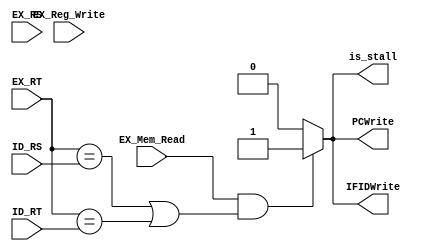
module hazard_detect(ID_RS, ID_RT, EX_Mem_Read, EX_Reg_Write, EX_RS, EX_RT, is_stall, IFIDWrite, PCWrite);
  input [1:0] ID_RS;
  input [1:0] ID_RT;
  input [1:0] EX_RS;
  input [1:0] EX_RT;
  input EX_Mem_Read;
  input EX_Reg_Write;

  output reg is_stall;
	output reg PCWrite;
  output reg IFIDWrite;


  always @(*) begin
    if((EX_Mem_Read ) && ((EX_RT == ID_RS) || (EX_RT == ID_RT))) begin
      is_stall = 1'b1;
      IFIDWrite = 1'b1;
      PCWrite = 1'b1;
    end
    else begin
      is_stall = 1'b0;
      IFIDWrite = 1'b0;
      PCWrite = 1'b0;
    end
  end
endmodule